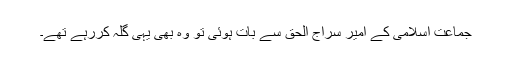
جماعت اسلامی کے امیر سراج الحق سے بات ہوئی تو وہ بھی یہی گلہ کررہے تھے۔